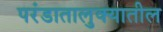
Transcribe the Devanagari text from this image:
परंडातालुक्यातील